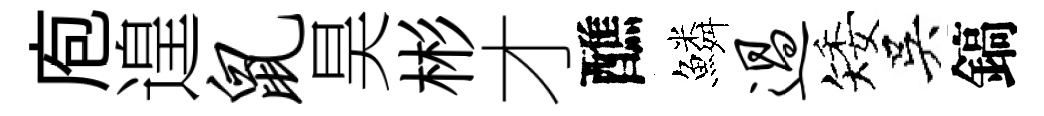
庖遑鼠昊彬才醮鱗过矮吳鎬